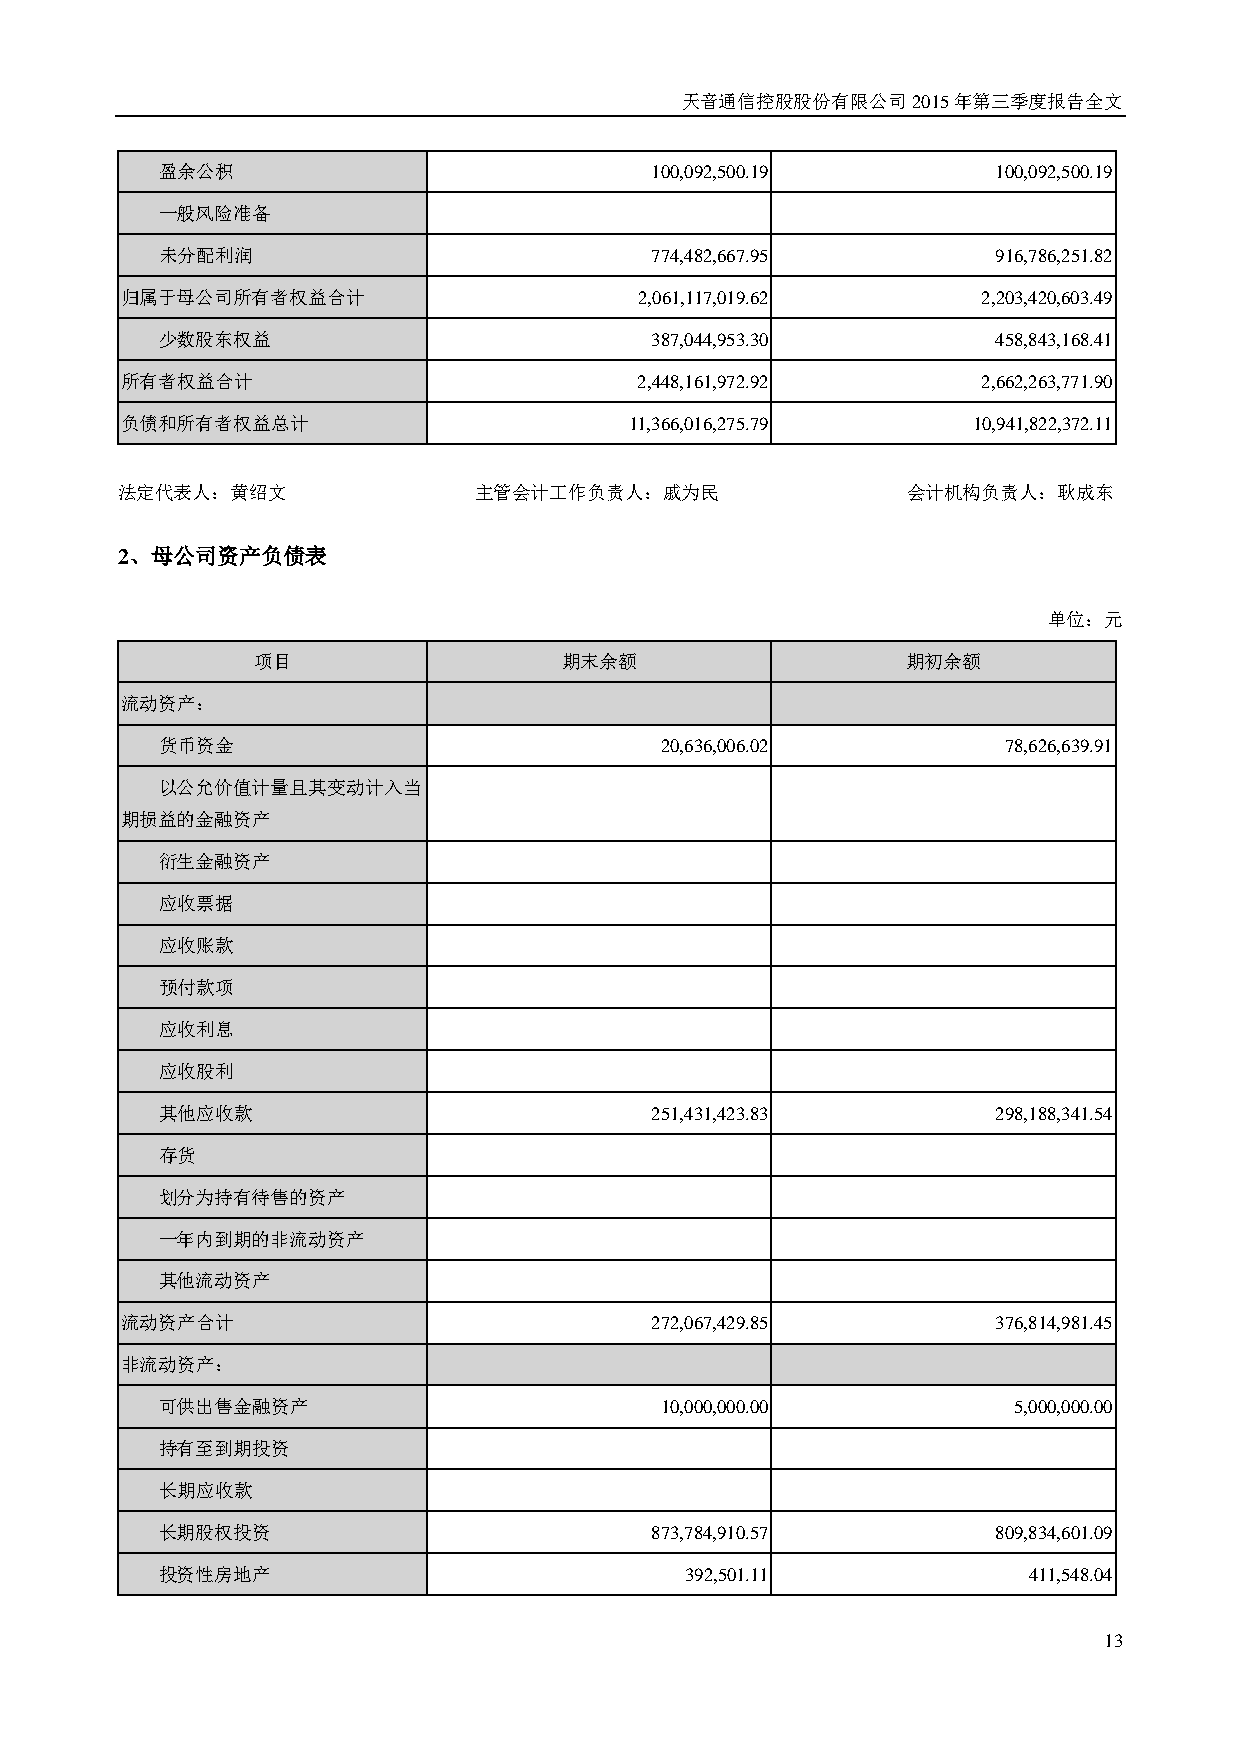
天音通信控股股份有限公司2015年第三季度报告全文
 盈余公积                             100,092,500.19         100,092,500.19
 一般风险准备
 未分配利润                            774,482,667.95         916,786,251.82
 归属于母公司所有者权益合计                     2,061,117,019.62       2,203,420,603.49
 少数股东权益                           387,044,953.30         458,843,168.41
 所有者权益合计                           2,448,161,972.92       2,662,263,771.90
 负债和所有者权益总计                        11,366,016,275.79     10,941,822,372.11
 法定代表人：黄绍文              主管会计工作负责人：戚为民                会计机构负责人：耿成东
 2、母公司资产负债表
 单位：元
 项目                  期末余额                   期初余额
 流动资产：
 货币资金                              20,636,006.02         78,626,639.91
 以公允价值计量且其变动计入当
 期损益的金融资产
 衍生金融资产
 应收票据
 应收账款
 预付款项
 应收利息
 应收股利
 其他应收款                            251,431,423.83         298,188,341.54
 存货
 划分为持有待售的资产
 一年内到期的非流动资产
 其他流动资产
 流动资产合计                             272,067,429.85         376,814,981.45
 非流动资产：
 可供出售金融资产                          10,000,000.00          5,000,000.00
 持有至到期投资
 长期应收款
 长期股权投资                           873,784,910.57         809,834,601.09
 投资性房地产                             392,501.11             411,548.04
 13